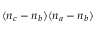
( n _ { c } - n _ { b } ) ( n _ { a } - n _ { b } )